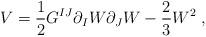
LaTeX: \begin{align*}V = \frac{1}{2}G^{IJ}\partial_IW\partial_JW - \frac{2}{3}W^2\; , \end{align*}